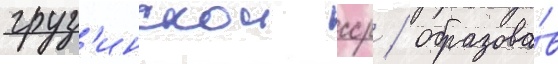
груз'инскои сср / образова́в